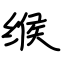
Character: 缑